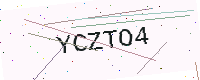
Text: YCZTO4